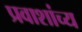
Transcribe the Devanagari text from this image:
प्रवाशांच्य